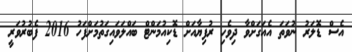
އެސް ޑޮލަރު ނުވަތަ އެއަގަށްވާ ދިވެހި ރުފިޔާއަށް ޑޮކިއުމަންޓް ބައްލަވައިގަތުމަށްފަހު 2016 ފެބުރުވަރީ